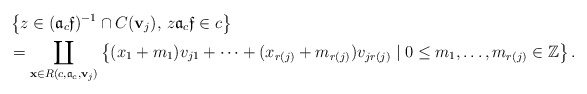
\begin{align*} &\left \{z \in ({\mathfrak a}_c \mathfrak f)^{-1} \cap C(\mathbf v_j),\, z{\mathfrak a}_c \mathfrak f \in c\right\} \\&=\coprod_{\mathbf x \in R(c,{\mathfrak a}_c,\mathbf v_j)}\left\{(x_1+m_1)v_{j1}+\dots + (x_{r(j)}+m_{r(j)})v_{jr(j)} \mid 0\leq m_1,\dots,m_{r(j)} \in \mathbb Z\right\}.\end{align*}